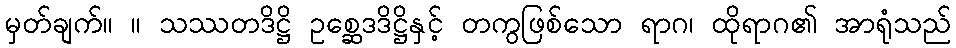
မှတ်ချက်။ ။ သဿတဒိဋ္ဌိ ဥစ္ဆေဒဒိဋ္ဌိနှင့် တကွဖြစ်သော ရာဂ၊ ထိုရာဂ၏ အာရုံသည်